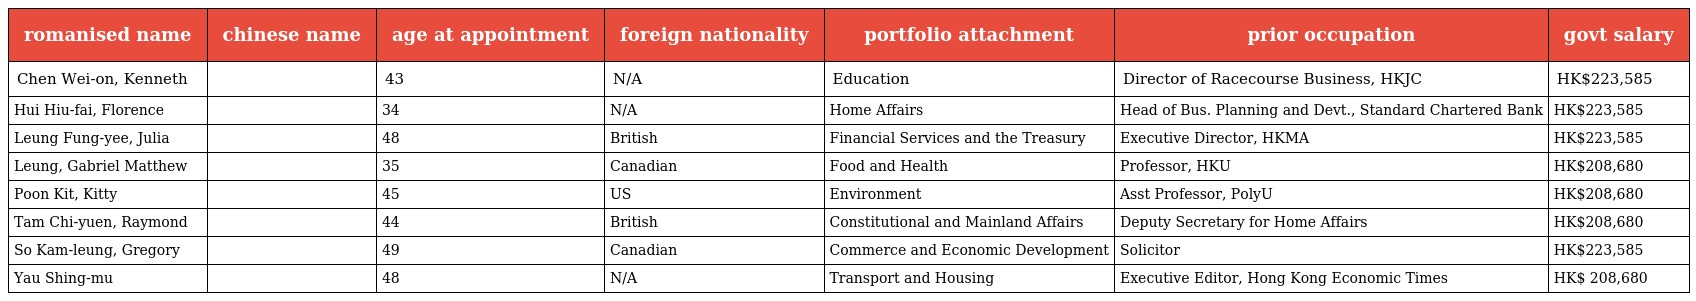
| romanised name | chinese name | age at appointment | foreign nationality | portfolio attachment | prior occupation | govt salary |
 | --- | --- | --- | --- | --- | --- | --- |
 | Chen Wei-on, Kenneth | 陳維安 | 43 | N/A | Education | Director of Racecourse Business, HKJC | HK$223,585 |
 | Hui Hiu-fai, Florence | 許曉暉 | 34 | N/A | Home Affairs | Head of Bus. Planning and Devt., Standard Chartered Bank | HK$223,585 |
 | Leung Fung-yee, Julia | 梁鳳儀 | 48 | British | Financial Services and the Treasury | Executive Director, HKMA | HK$223,585 |
 | Leung, Gabriel Matthew | 梁卓偉 | 35 | Canadian | Food and Health | Professor, HKU | HK$208,680 |
 | Poon Kit, Kitty | 潘潔 | 45 | US | Environment | Asst Professor, PolyU | HK$208,680 |
 | Tam Chi-yuen, Raymond | 譚志源 | 44 | British | Constitutional and Mainland Affairs | Deputy Secretary for Home Affairs | HK$208,680 |
 | So Kam-leung, Gregory | 蘇錦樑 | 49 | Canadian | Commerce and Economic Development | Solicitor | HK$223,585 |
 | Yau Shing-mu | 邱誠武 | 48 | N/A | Transport and Housing | Executive Editor, Hong Kong Economic Times | HK$ 208,680 |